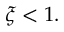
\xi < 1 .